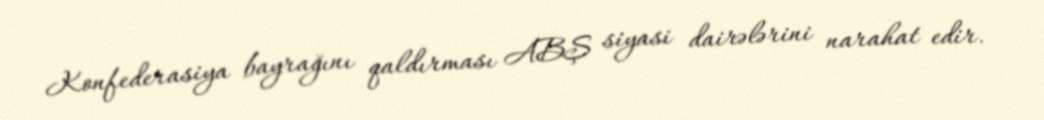
Konfederasiya bayrağını qaldırması ABŞ siyasi dairələrini narahat edir.